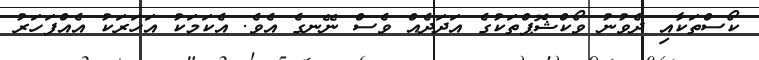
ކޯސްތަކާއި ދެވުނު ވޯކްޝޮޕްތަކުގެ އަދަދެއް ވެސް ނޭނގެ އެވެ. އެކަމަކު އަހަރަކު އެއްފަހަރު